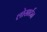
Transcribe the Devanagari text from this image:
लोसार्टन